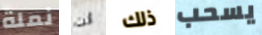
نملة أنت ذلك يسحب